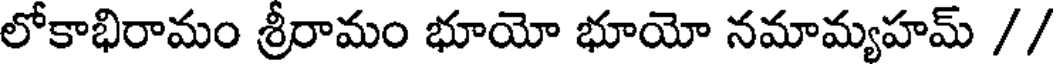
లోకాభిరామం శ్రీరామం భూయో భూయో నమామ్యహమ్ //